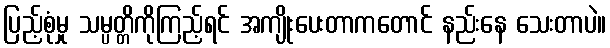
ပြည့်စုံမှု သမ္ပတ္တိကိုကြည့်ရင် အကျိုးပေးတာကတောင် နည်းနေ သေးတာပဲ။